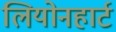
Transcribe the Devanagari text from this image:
लियोनहार्ट